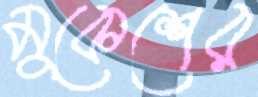
মুকেশের